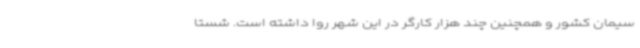
سیمان کشور و همچنین چند هزار کارگر در این شهر روا داشته است. شستا